Document type: Recognition
Year: 1250
Scribe: Pere Marquès
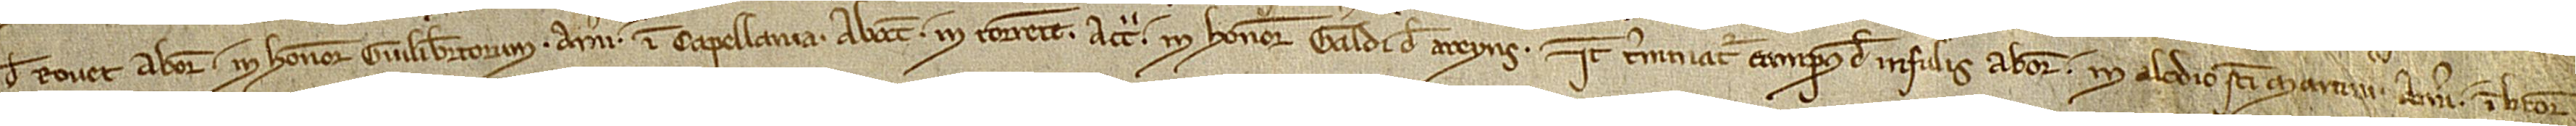
de Rovet ab oriente in honore Guilibertorum; a meridie in capellania; ab occidente in torrente; a circio in honore Geraldi de Areyns. Item, terminatur campus de Insuli ab oriente in alodio Sancti Martini; a meridie in litore